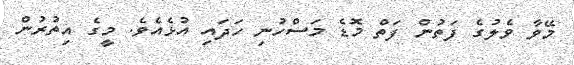
މޭވާ ވެލުގެ ފަތުން ފަތް މޮޑެ މަސްހުނި ހަދައި އުޅެއެވެ. މީގެ އިތުރުން